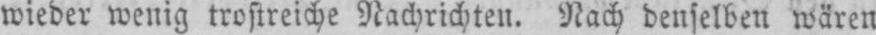
wieder wenig trostreiche Nachrichten. Nach denselben wären